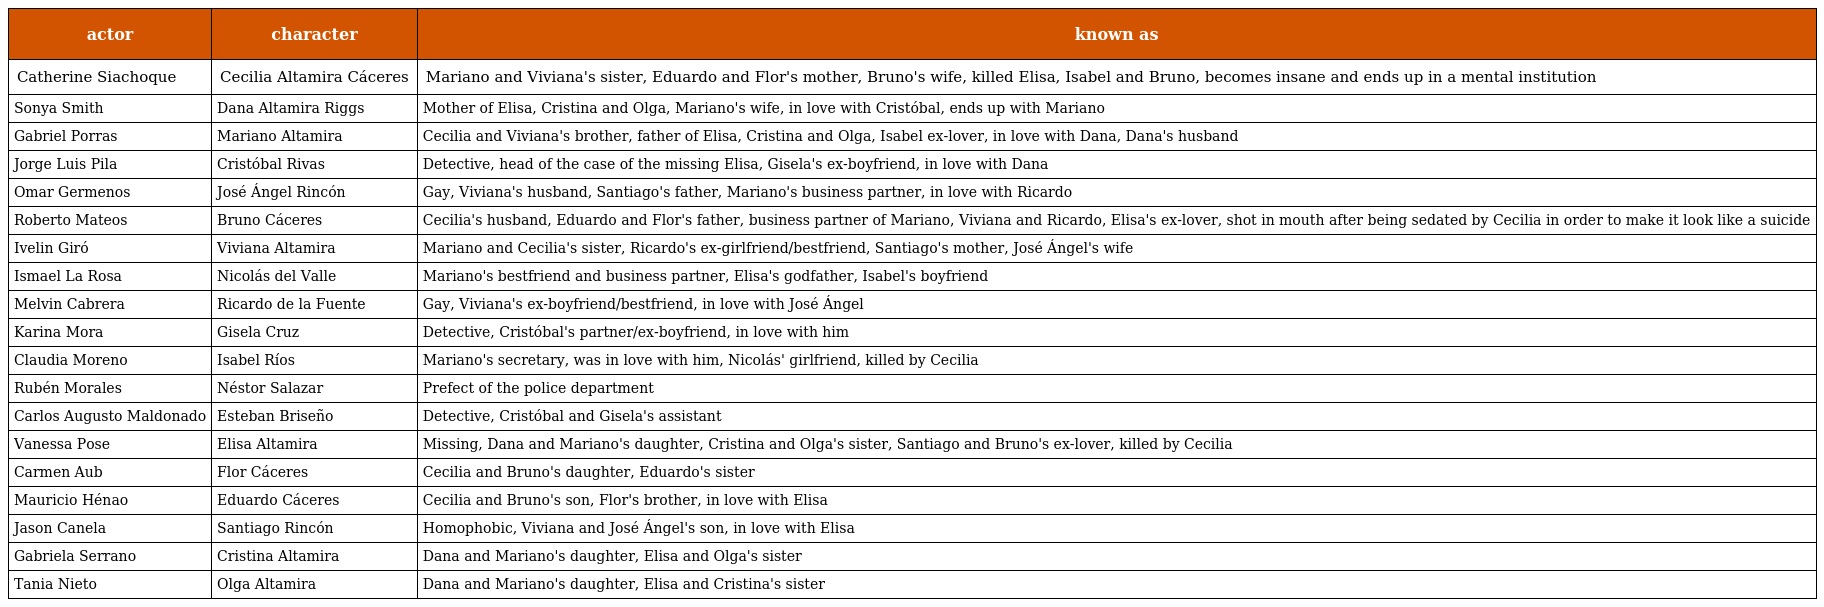
| actor | character | known as |
 | --- | --- | --- |
 | Catherine Siachoque | Cecilia Altamira Cáceres | Mariano and Viviana's sister, Eduardo and Flor's mother, Bruno's wife, killed Elisa, Isabel and Bruno, becomes insane and ends up in a mental institution |
 | Sonya Smith | Dana Altamira Riggs | Mother of Elisa, Cristina and Olga, Mariano's wife, in love with Cristóbal, ends up with Mariano |
 | Gabriel Porras | Mariano Altamira | Cecilia and Viviana's brother, father of Elisa, Cristina and Olga, Isabel ex-lover, in love with Dana, Dana's husband |
 | Jorge Luis Pila | Cristóbal Rivas | Detective, head of the case of the missing Elisa, Gisela's ex-boyfriend, in love with Dana |
 | Omar Germenos | José Ángel Rincón | Gay, Viviana's husband, Santiago's father, Mariano's business partner, in love with Ricardo |
 | Roberto Mateos | Bruno Cáceres | Cecilia's husband, Eduardo and Flor's father, business partner of Mariano, Viviana and Ricardo, Elisa's ex-lover, shot in mouth after being sedated by Cecilia in order to make it look like a suicide |
 | Ivelin Giró | Viviana Altamira | Mariano and Cecilia's sister, Ricardo's ex-girlfriend/bestfriend, Santiago's mother, José Ángel's wife |
 | Ismael La Rosa | Nicolás del Valle | Mariano's bestfriend and business partner, Elisa's godfather, Isabel's boyfriend |
 | Melvin Cabrera | Ricardo de la Fuente | Gay, Viviana's ex-boyfriend/bestfriend, in love with José Ángel |
 | Karina Mora | Gisela Cruz | Detective, Cristóbal's partner/ex-boyfriend, in love with him |
 | Claudia Moreno | Isabel Ríos | Mariano's secretary, was in love with him, Nicolás' girlfriend, killed by Cecilia |
 | Rubén Morales | Néstor Salazar | Prefect of the police department |
 | Carlos Augusto Maldonado | Esteban Briseño | Detective, Cristóbal and Gisela's assistant |
 | Vanessa Pose | Elisa Altamira | Missing, Dana and Mariano's daughter, Cristina and Olga's sister, Santiago and Bruno's ex-lover, killed by Cecilia |
 | Carmen Aub | Flor Cáceres | Cecilia and Bruno's daughter, Eduardo's sister |
 | Mauricio Hénao | Eduardo Cáceres | Cecilia and Bruno's son, Flor's brother, in love with Elisa |
 | Jason Canela | Santiago Rincón | Homophobic, Viviana and José Ángel's son, in love with Elisa |
 | Gabriela Serrano | Cristina Altamira | Dana and Mariano's daughter, Elisa and Olga's sister |
 | Tania Nieto | Olga Altamira | Dana and Mariano's daughter, Elisa and Cristina's sister |